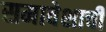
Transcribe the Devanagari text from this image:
समावेशाची